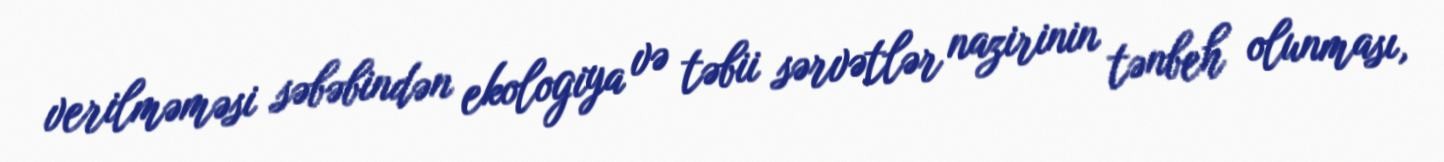
verilməməsi səbəbindən ekologiya və təbii sərvətlər nazirinin tənbeh olunması,